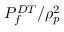
P _ { f } ^ { D T } / \rho _ { p } ^ { 2 }